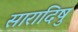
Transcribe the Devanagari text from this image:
सारादिषु